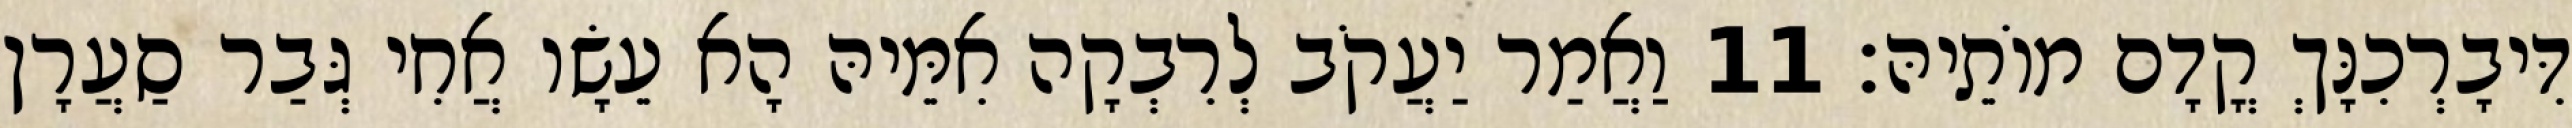
דִּיבָרְכִנָּךְ קֳדָם מוֹתֵיהּ׃ 11 וַאֲמַר יַעֲקֹב לְרִבְקָה אִמֵּיהּ הָא עֵשָׂו אֲחִי גְּבַר סַעֲרָן